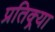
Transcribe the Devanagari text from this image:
प्रतिक्र्या